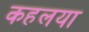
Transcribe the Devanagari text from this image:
कहलया